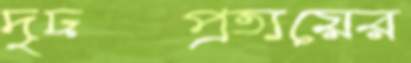
দৃঢ়প্রত্যয়ের